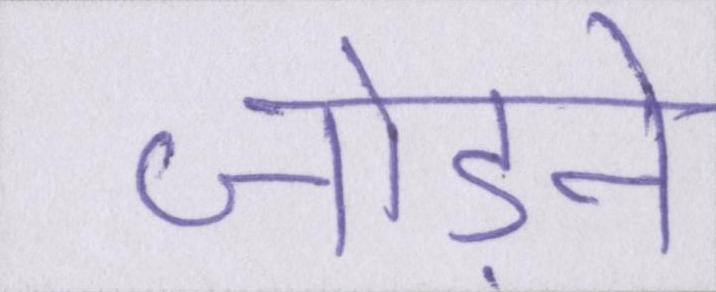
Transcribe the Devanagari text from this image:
जोड़ने